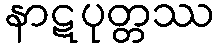
နာဋပုတ္တဿ